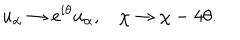
u _ { \alpha } \rightarrow e ^ { i \theta } u _ { \alpha } , \: \: \: \: \chi \rightarrow \chi - 4 \theta .